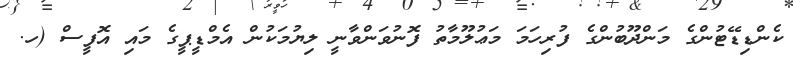
ކެންޑިޑޭޓުންގެ މަންދޫބުންގެ ފުރިހަމަ މަޢުލޫމާތު ފޮނުވަންވާނީ ލިޔުމަކުން އެމްޑީޕީގެ މައި އޮފީސް (ހ.